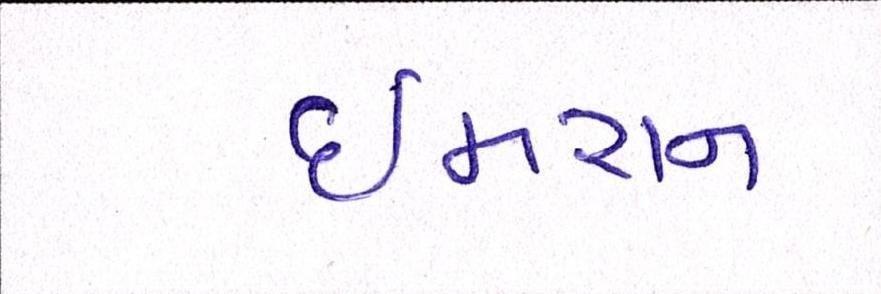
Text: ઈમરાન